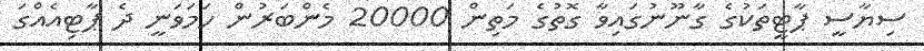
ސިޔާސީ ޕާޓީތަކުގެ ގާނޫނުގައިވާ ގޮތުގެ މަތިން 20000 މެންބަރުން ހަމަވަނީ ދެ ޕާޓިއެއްގަ